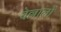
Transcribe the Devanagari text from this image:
वेल्लालों